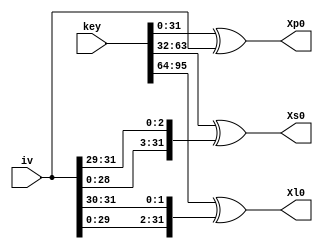
module key_setup_stream_I(key,iv,Xp0,Xs0,Xl0);

input [31:0]iv;
input [188:0]key;
output [31:0]Xp0;
output [31:0]Xs0;
output [31:0]Xl0;

wire [31:0] Xp,Xs,Xl,ivp,ivs,ivl;

assign Xp=key[31:0];
assign Xs=key[63:32];
assign Xl=key[95:64];

assign ivp=iv;
assign ivs={{iv[28:0]},{iv[31:29]}};
assign ivl={{iv[29:0]},{iv[31:30]}};

assign Xp0=Xp^ivp;
assign Xs0=Xs^ivs;
assign Xl0=Xl^ivl;

endmodule